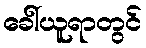
ခေါ်ယူရာတွင်